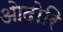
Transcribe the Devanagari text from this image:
ओदोरि